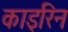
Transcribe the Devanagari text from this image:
काइरिन